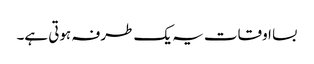
بسا اوقات یہ یک طرفہ ہوتی ہے۔